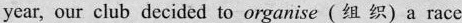
year, our club decided to organise(组 织)a race